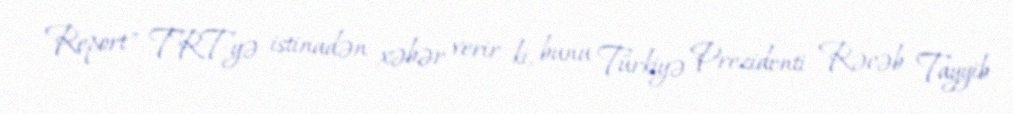
Report" TRT-yə istinadən xəbər verir ki, bunu Türkiyə Prezidenti Rəcəb Tayyib